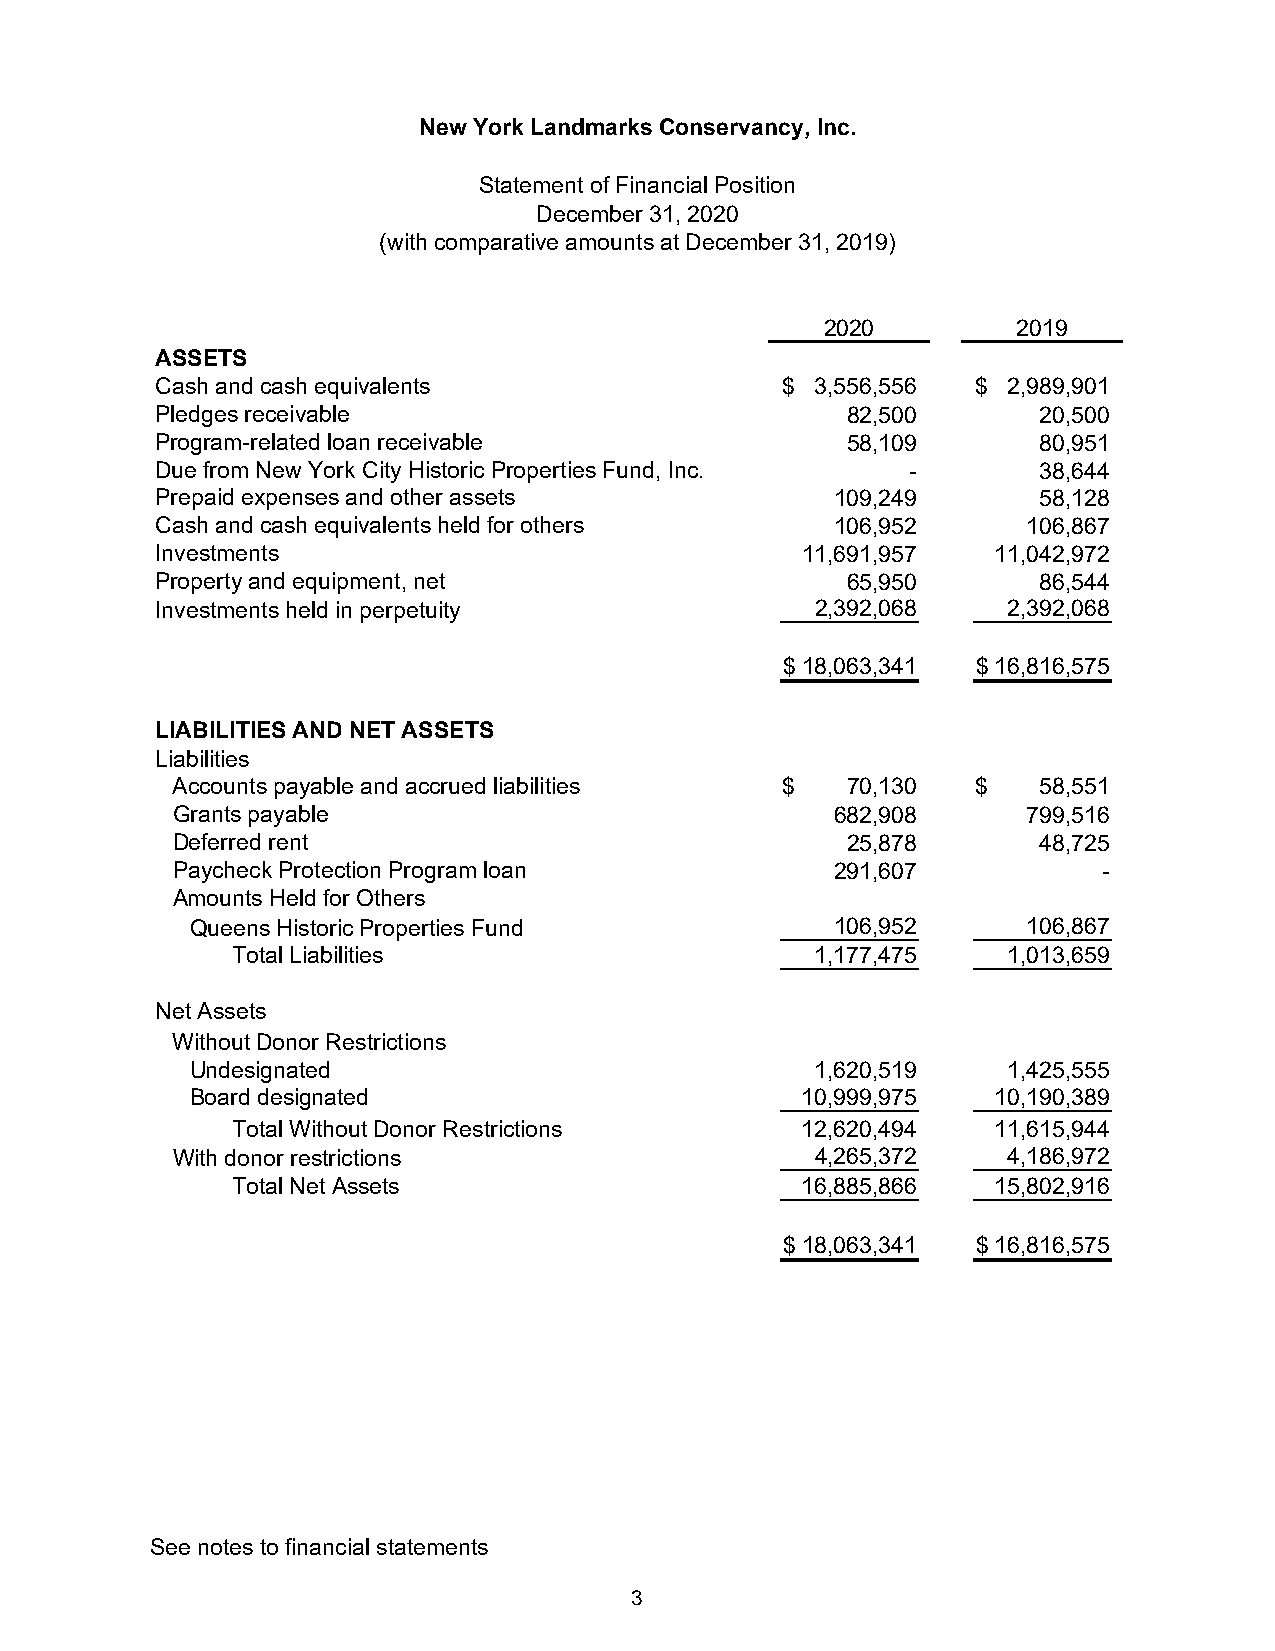
New York Landmarks Conservancy, Inc.
 Statement of Financial Position
 December 31, 2020
 (with comparative amounts at December 31, 2019)
 2020        2019
 ASSETS
 Cash and cash equivalents                 $ 3 ,556,556 $ 2,989,901
 Pledges receivable                            82,500       20,500
 Program-related loan receivable               58,109       80,951
 Due from New York City Historic Properties Fund, Inc. -    38,644
 Prepaid expenses and other assets            109,249       58,128
 Cash and cash equivalents held for others    106,952      106,867
 Investments                                11,691,957   11,042,972
 Property and equipment, net                   65,950       86,544
 Investments held in perpetuity              2,392,068    2,392,068
 $ 18,063,341 $ 16,816,575
 LIABILITIES AND NET ASSETS
 Liabilities
 Accounts payable and accrued liabilities $   7 0,130  $   58,551
 Grants payable                              682,908      799,516
 Deferred rent                                25,878       48,725
 Paycheck Protection Program loan            291,607           -
 Amounts Held for Others
 Queens Historic Properties Fund           106,952      106,867
 Total Liabilities                      1,177,475    1,013,659
 Net Assets
 Without Donor Restrictions
 Undesignated                             1,620,519    1,425,555
 Board designated                        10,999,975   10,190,389
 Total Without Donor Restrictions      12,620,494   11,615,944
 With donor restrictions                    4,265,372    4,186,972
 Total Net Assets                      16,885,866   15,802,916
 $ 18,063,341 $ 16,816,575
 See notes to financial statements
 3